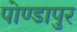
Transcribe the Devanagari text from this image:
पोण्डापुर